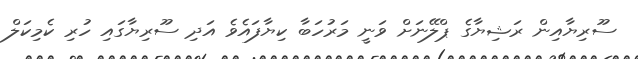
ސޫރިޔާއިން ރަޝިޔާގެ ޕްލޭނަށް ވަނީ މަރުހަބާ ކިޔާފައެވެ އަދި ސޫރިޔާގައި ހުރި ކެމިކަލް